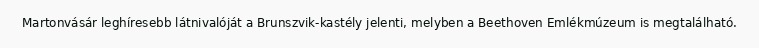
Martonvásár leghíresebb látnivalóját a Brunszvik-kastély jelenti, melyben a Beethoven Emlékmúzeum is megtalálható.